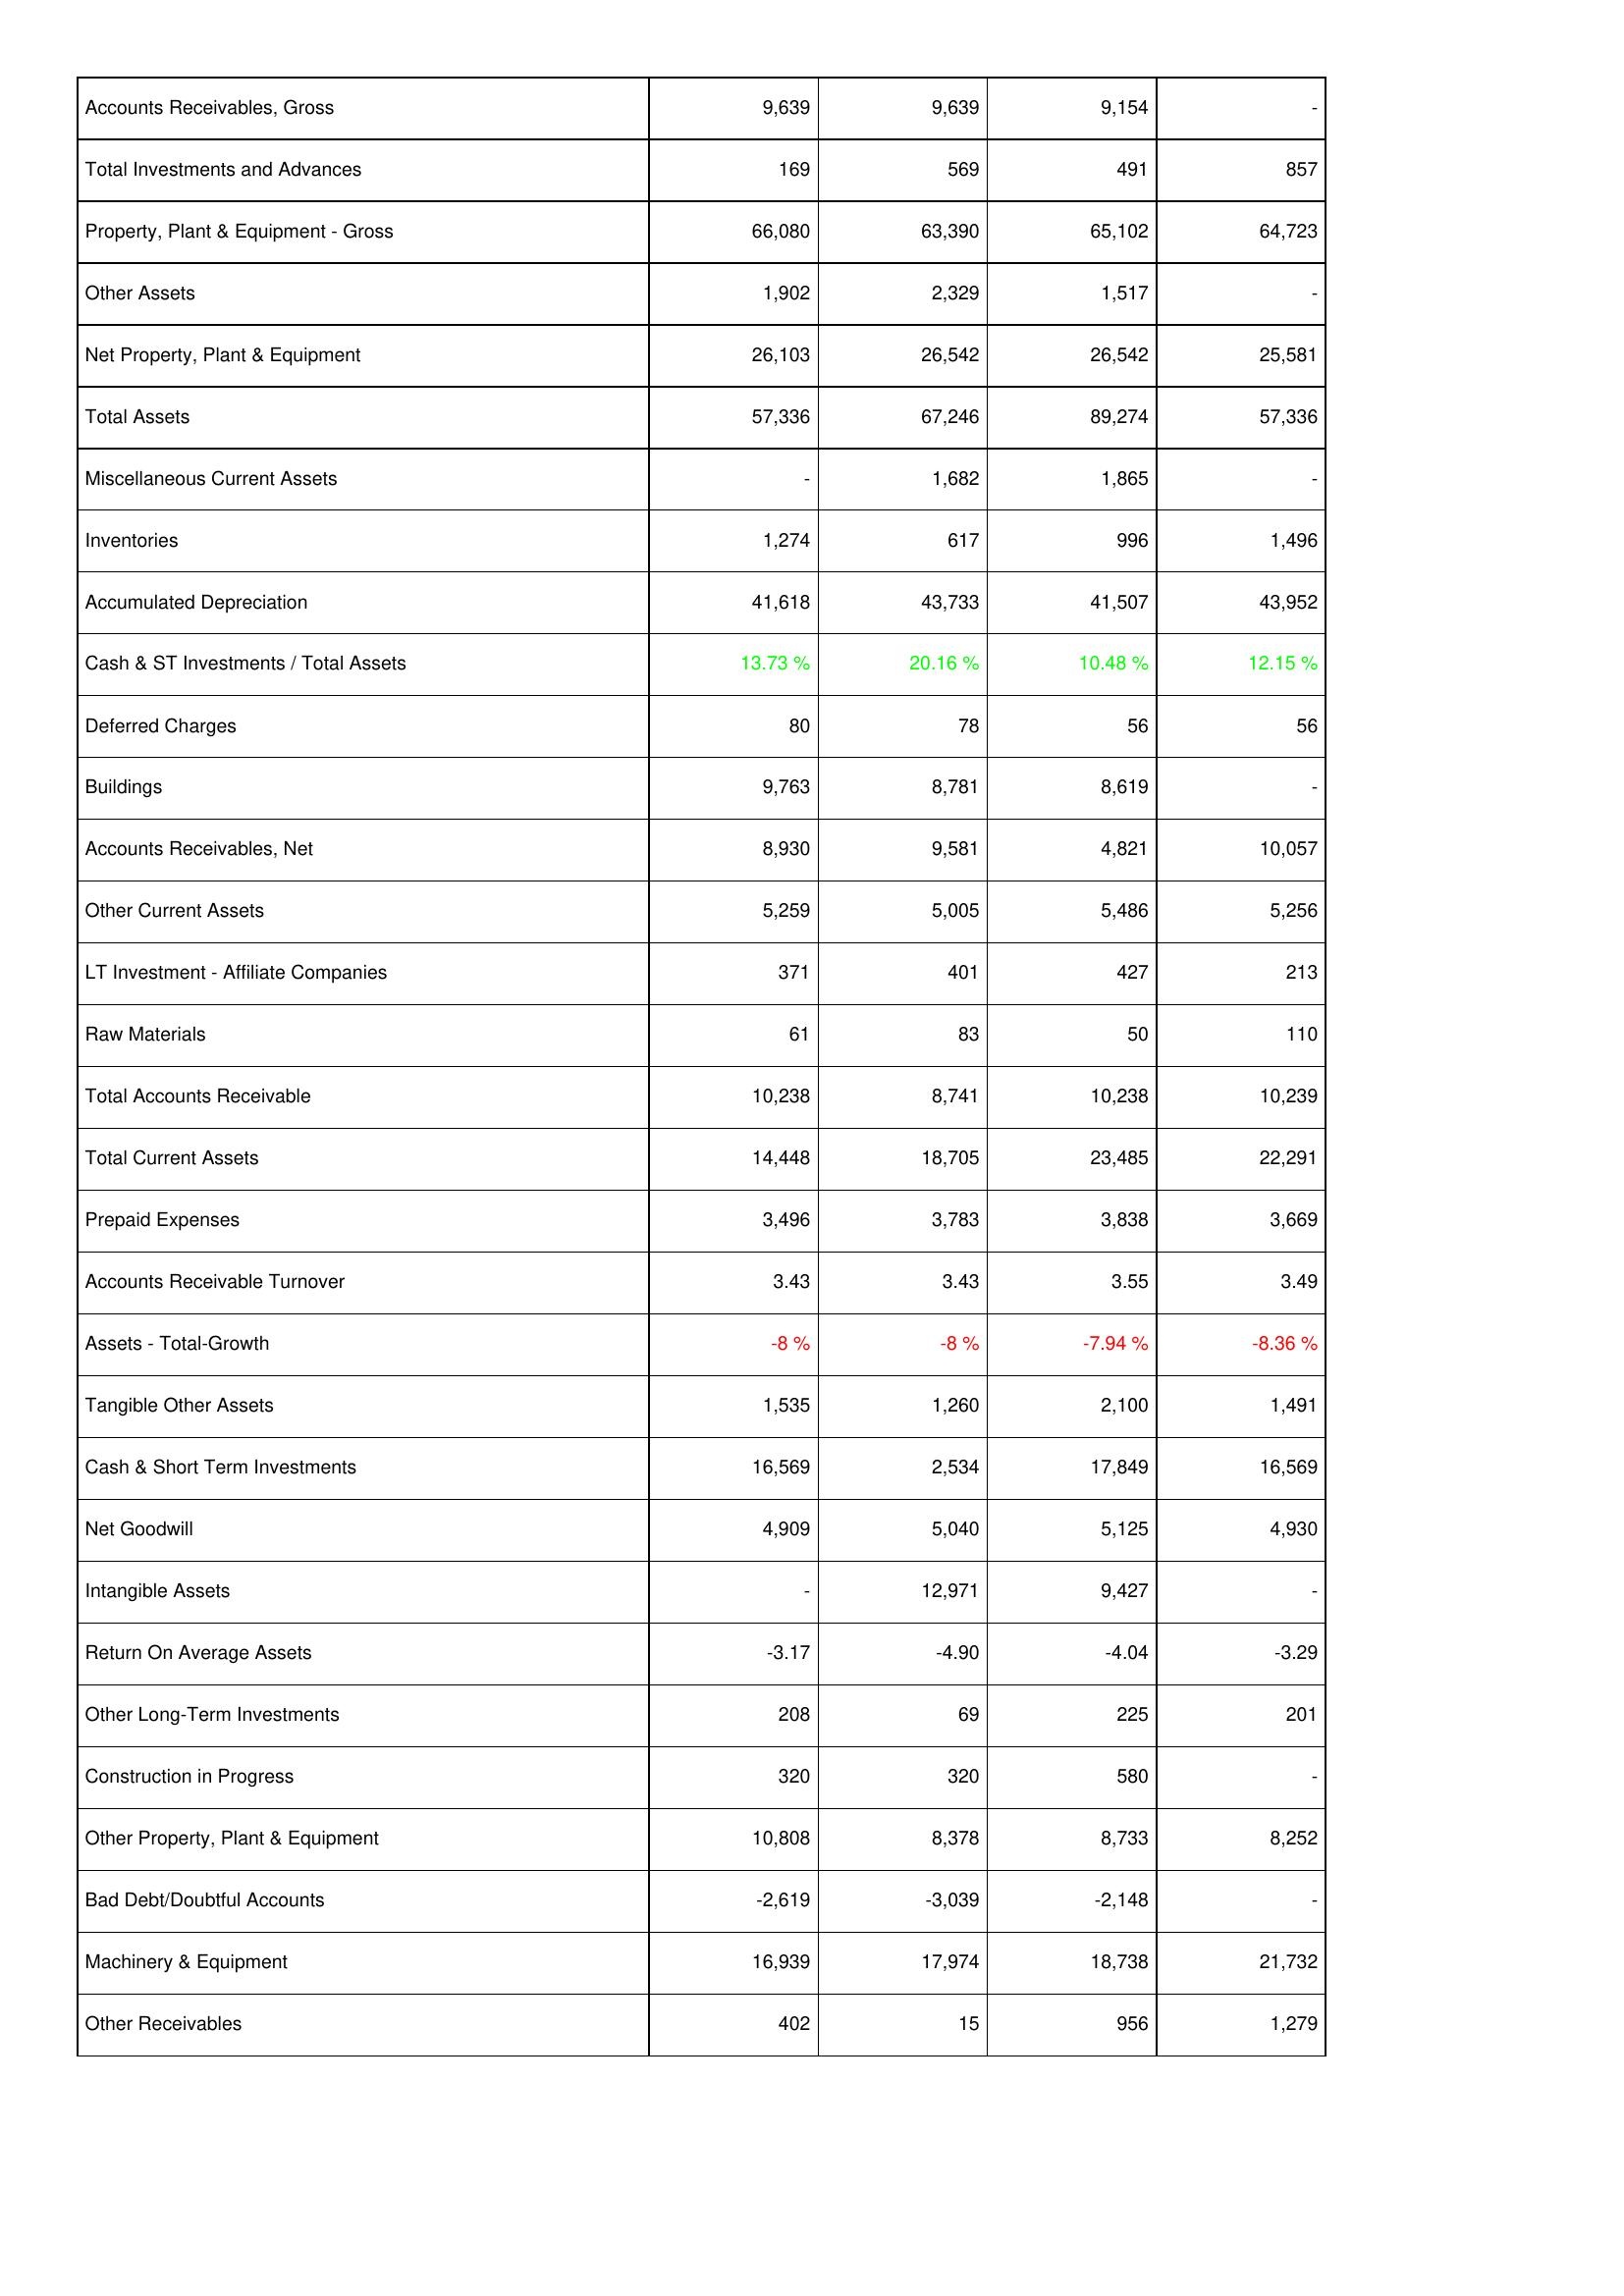
2013: Assets: Accounts Receivables, Gross: 9,639
Total Investments and Advances: 169
Property, Plant & Equipment - Gross: 66,080
Other Assets: 1,902
Net Property, Plant & Equipment: 26,103
Total Assets: 57,336
Miscellaneous Current Assets: -
Inventories: 1,274
Accumulated Depreciation: 41,618
Cash & ST Investments / Total Assets: 13.73 %
Deferred Charges: 80
Buildings: 9,763
Accounts Receivables, Net: 8,930
Other Current Assets: 5,259
LT Investment - Affiliate Companies: 371
Raw Materials: 61
Total Accounts Receivable: 10,238
Total Current Assets: 14,448
Prepaid Expenses: 3,496
Accounts Receivable Turnover: 3.43
Assets - Total-Growth: -8 %
Tangible Other Assets: 1,535
Cash & Short Term Investments: 16,569
Net Goodwill: 4,909
Intangible Assets: -
Return On Average Assets: -3.17
Other Long-Term Investments: 208
Construction in Progress: 320
Other Property, Plant & Equipment: 10,808
Bad Debt/Doubtful Accounts: -2,619
Machinery & Equipment: 16,939
Other Receivables: 402
2012: Assets: Accounts Receivables, Gross: 9,639
Total Investments and Advances: 569
Property, Plant & Equipment - Gross: 63,390
Other Assets: 2,329
Net Property, Plant & Equipment: 26,542
Total Assets: 67,246
Miscellaneous Current Assets: 1,682
Inventories: 617
Accumulated Depreciation: 43,733
Cash & ST Investments / Total Assets: 20.16 %
Deferred Charges: 78
Buildings: 8,781
Accounts Receivables, Net: 9,581
Other Current Assets: 5,005
LT Investment - Affiliate Companies: 401
Raw Materials: 83
Total Accounts Receivable: 8,741
Total Current Assets: 18,705
Prepaid Expenses: 3,783
Accounts Receivable Turnover: 3.43
Assets - Total-Growth: -8 %
Tangible Other Assets: 1,260
Cash & Short Term Investments: 2,534
Net Goodwill: 5,040
Intangible Assets: 12,971
Return On Average Assets: -4.90
Other Long-Term Investments: 69
Construction in Progress: 320
Other Property, Plant & Equipment: 8,378
Bad Debt/Doubtful Accounts: -3,039
Machinery & Equipment: 17,974
Other Receivables: 15
2011: Assets: Accounts Receivables, Gross: 9,154
Total Investments and Advances: 491
Property, Plant & Equipment - Gross: 65,102
Other Assets: 1,517
Net Property, Plant & Equipment: 26,542
Total Assets: 89,274
Miscellaneous Current Assets: 1,865
Inventories: 996
Accumulated Depreciation: 41,507
Cash & ST Investments / Total Assets: 10.48 %
Deferred Charges: 56
Buildings: 8,619
Accounts Receivables, Net: 4,821
Other Current Assets: 5,486
LT Investment - Affiliate Companies: 427
Raw Materials: 50
Total Accounts Receivable: 10,238
Total Current Assets: 23,485
Prepaid Expenses: 3,838
Accounts Receivable Turnover: 3.55
Assets - Total-Growth: -7.94 %
Tangible Other Assets: 2,100
Cash & Short Term Investments: 17,849
Net Goodwill: 5,125
Intangible Assets: 9,427
Return On Average Assets: -4.04
Other Long-Term Investments: 225
Construction in Progress: 580
Other Property, Plant & Equipment: 8,733
Bad Debt/Doubtful Accounts: -2,148
Machinery & Equipment: 18,738
Other Receivables: 956
2010: Assets: Accounts Receivables, Gross: -
Total Investments and Advances: 857
Property, Plant & Equipment - Gross: 64,723
Other Assets: -
Net Property, Plant & Equipment: 25,581
Total Assets: 57,336
Miscellaneous Current Assets: -
Inventories: 1,496
Accumulated Depreciation: 43,952
Cash & ST Investments / Total Assets: 12.15 %
Deferred Charges: 56
Buildings: -
Accounts Receivables, Net: 10,057
Other Current Assets: 5,256
LT Investment - Affiliate Companies: 213
Raw Materials: 110
Total Accounts Receivable: 10,239
Total Current Assets: 22,291
Prepaid Expenses: 3,669
Accounts Receivable Turnover: 3.49
Assets - Total-Growth: -8.36 %
Tangible Other Assets: 1,491
Cash & Short Term Investments: 16,569
Net Goodwill: 4,930
Intangible Assets: -
Return On Average Assets: -3.29
Other Long-Term Investments: 201
Construction in Progress: -
Other Property, Plant & Equipment: 8,252
Bad Debt/Doubtful Accounts: -
Machinery & Equipment: 21,732
Other Receivables: 1,279